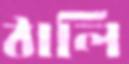
ঠালি